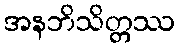
အနဘိသိတ္တဿ